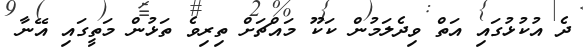
ދެ އުކުޅުގައި އަތް ވިދެލަމުން ކަކޫ މައްޗަށް ތިރިވެ ތަޅުން މަތީގައި އޭނާ